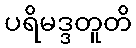
ပရိမဒ္ဒတူတိ